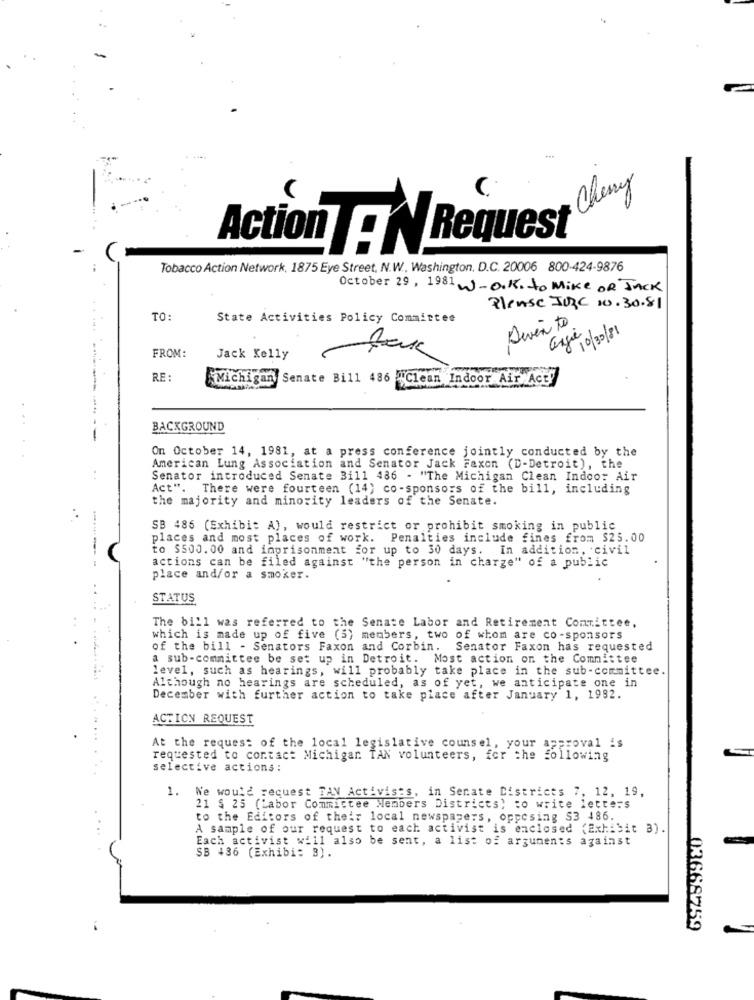
Cherry
Action .IN Request
Tobacco Action Network, 1875 Eye Street, N.W ., Washington, D.C. 20006 800-424-9876
October 29, 1981 J-O.K. to Mike OR JACK
Please JORC 10.30.81
TO:
State Activities Policy Committee
Diven to
angie 10/30/81
FROM:
Jack Kelly
RE:
Michigan Senate Bill 486 "Clean Indoor Air Act!
-----------
BACKGROUND
--
On October 14, 1981, at a press conference jointly conducted by the
American Lung Association and Senator Jack Faxon (D-Detroit), the
..
Senator introduced Senate Bill 486 - "The Michigan Clean Indoor Air
Act". There were fourteen (14) co-sponsors of the bill, including
the majority and minority leaders of the Senate.
..
SB 486 (Exhibit A), would restrict or prohibit smoking in public
places and most places of work. Penalties include fines from $25.00
to $500.00 and imprisonment for up to 30 days. In addition, civil
actions can be filed against "the person in charge" of a public
place and/or a smoker.
STATUS
Senate Labor and Retirement Committee,
The bill was referred to the
which is made up of five (5) members, two of whom are co-sponsors
of the bill - Senators Faxon and Corbin. Senator Faxon has requested
a sub-committee be set up in Detroit. Most action on the Committee
level, such as hearings, will probably take place in the sub-committee.
Although no hearings are scheduled, as of yet, we anticipate one in
December with further action to take place after January 1, 1982.
ACTION REQUEST
At the request of the local legislative counsel, your approval is
requested to contact Michigar. TAN volunteers, for the following
selective actions :
1. We would request TAN Activists, in Senate Districts 7, 12, 19,
21 $ 25 (Labor Commictee Members Districts) to write letters
to the Editors of their local newspapers, opposing S3 486.
A sample of our request to each activist is enclosed (Exhibit 3).
Each activist will also be sent, a list of arguments against
SB 436 (Exhibi: B).
03668759